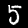
Digit: 5